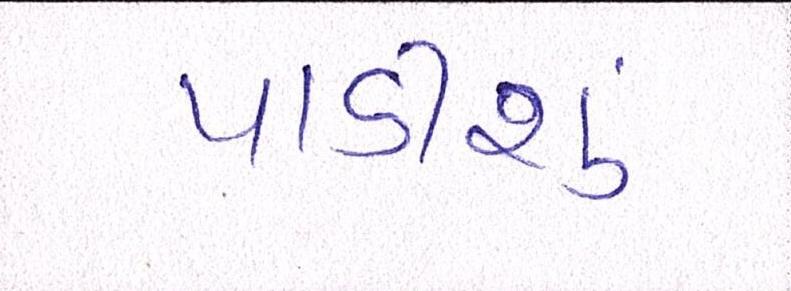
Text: પાડીશું